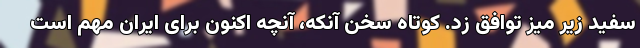
سفید زیر میز توافق زد. کوتاه سخن آنکه، آنچه اکنون برای ایران مهم است